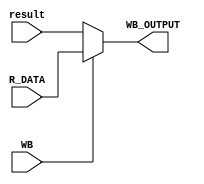
module WB_STAGE
(
    input           WB              ,
    input   [31:0]  R_DATA          ,
    input   [31:0]  result          ,

    output  [31:0]  WB_OUTPUT
);
    
    assign WB_OUTPUT = WB? R_DATA : result;

endmodule